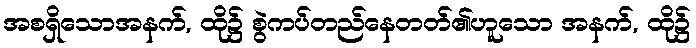
အစရှိသောအနက်, ထို၌ စွဲကပ်တည်နေတတ်၏ဟူသော အနက်, ထို၌